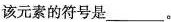
该元素的符号是___。